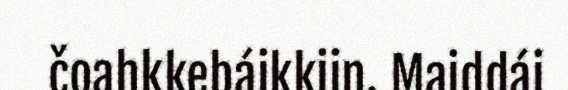
čoahkkebáikkiin. Maiddái